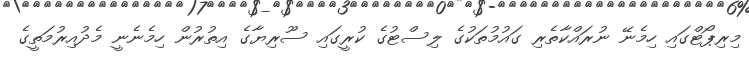
މިރިޕޯޓްގައި ހިމެނޭ ނުރައްކާތެރި ގައުމުތަކުގެ ލިސްޓުގެ ކުރީގައި ސޫރިޔާގެ އިތުރުން ހިމެނެނީ މެދުއިރުމަތީގެ